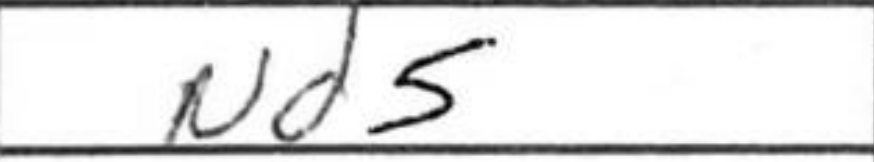
Transcription: Nd5